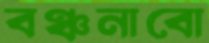
বঞ্চনাবো